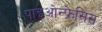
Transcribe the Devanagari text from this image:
पाइओन्फ्रेसिस